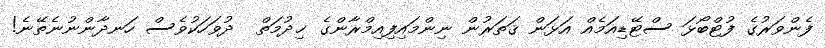
ފެންވަރުގެ ފުޓްބޯޅަ ސްޓޭޑިއަމެއް އަޅަން ޤަތަރުން ނިންމައިފިއިމްރާންގެ ޚިދުމަތް  ދުވަހަކުވެސް ހަނދާންނުނެތޭނެ!